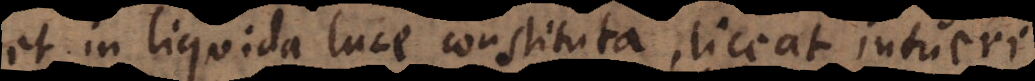
et in liquida luce constituta, liceat intueri.